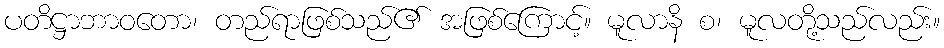
ပတိဋ္ဌာဘာဝတော၊ တည်ရာဖြစ်သည်၏ အဖြစ်ကြောင့်။ မူလာနိ စ၊ မူလတို့သည်လည်း။